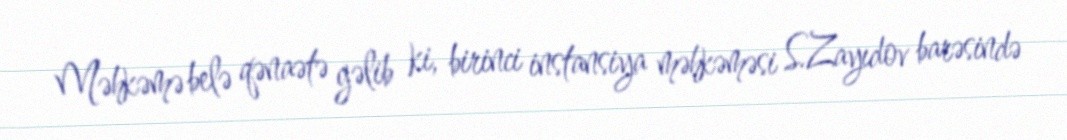
Məhkəmə belə qənaətə gəlib ki, birinci instansiya məhkəməsi S.Zayıdov barəsində